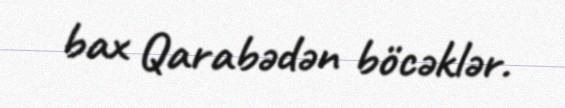
bax Qarabədən böcəklər.